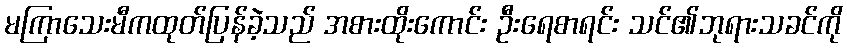
မကြာသေးမီကထုတ်ပြန်ခဲ့သည် အစားထိုးကောင်း ဦးရေစာရင်း သင်၏ဘုရားသခင်ကို